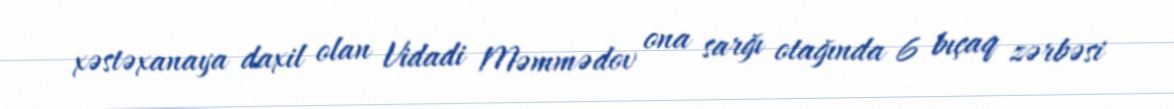
xəstəxanaya daxil olan Vidadi Məmmədov ona sarğı otağında 6 bıçaq zərbəsi